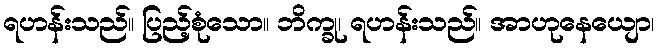
ရဟန်းသည်။ ပြည့်စုံသော။ ဘိက္ခု၊ ရဟန်းသည်။ အာဟုနေယျော၊